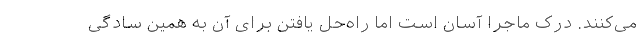
می‌کنند. درک ماجرا آسان است اما راه‌حل یافتن برای آن به همین سادگی